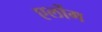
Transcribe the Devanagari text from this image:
एलोंग